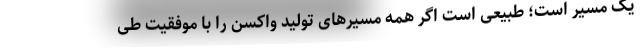
یک مسیر است؛ طبیعی است اگر همه مسیرهای تولید واکسن را با موفقیت طی